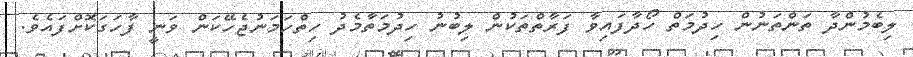
ލިބެމުންދާ ތަންތަނުން ހިދުމަތް ހޯދާފައިވާ ފަރާތްތަކުން ލިބުނު ހިދުމަތާމެދު ހިތްހަމަނުޖެހޭކަން ވަނީ ފާހަގަކޮށްފައެވެ.